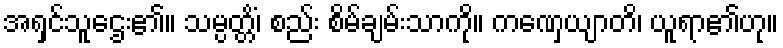
အရှင်သူဌေး၏။ သမ္ပတ္တိံ၊ စည်း စိမ်ချမ်းသာကို။ ကဏှေယျာတိ၊ ယူရာ၏ဟု။